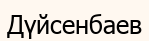
Дүйсенбаев